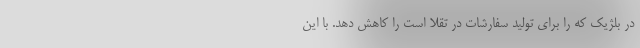
در بلژیک که را برای تولید سفارشات در تقلا است را کاهش دهد. با این